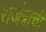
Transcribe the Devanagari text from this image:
राजंत्राची